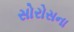
સોરોસના